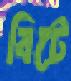
বিটে